Annual administration report of the Civil Veterinary Department, Ajmere-Merwara, British Rajputana - 1914-1940
Year: 1914
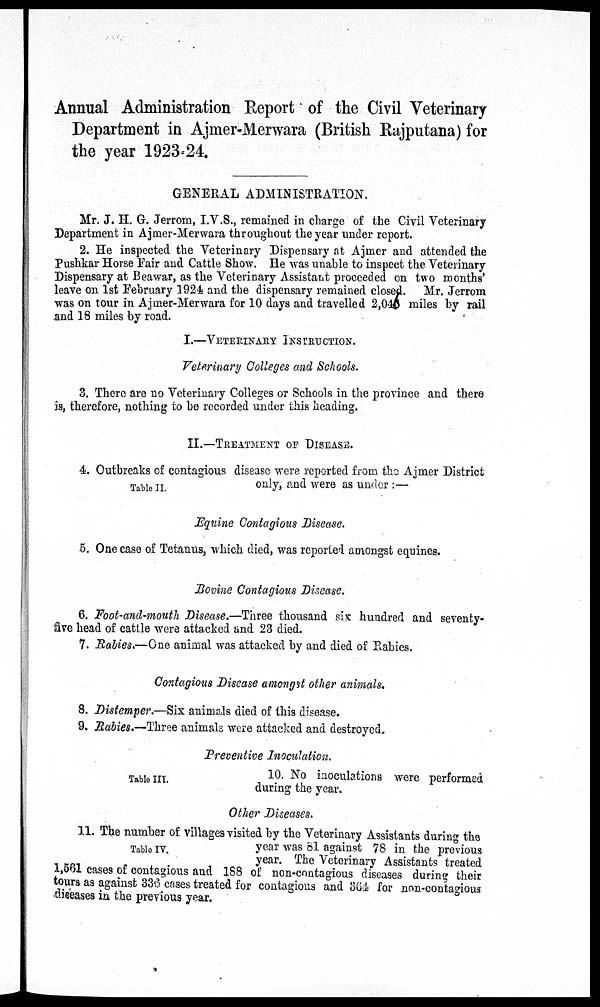
Annual Administration Report of the Civil Veterinary
Department in Ajmer-Merwara (British Rajputana) for
the year 1923-24.
GENERAL ADMINISTRATION.
Mr. J. H. G. Jerrom, I.V.S., remained in charge of the Civil Veterinary
Department in Ajmer-Merwara throughout the year under report.
2. He inspected the Veterinary Dispensary at Ajmer and attended the
Pushkar Horse Fair and Cattle Show. He was unable to inspect the Veterinary
Dispensary at Beawar, as the Veterinary Assistant proceeded on two months'
leave on 1st February 1924 and the dispensary remained closed. Mr. Jerrom
was on tour in Ajmer-Merwara for 10 days and travelled 2,040 miles by rail
and 18 miles by road.
I.—VETERINARY INSTRUCTION.
Veterinary Colleges and Schools.
3. There are no Veterinary Colleges or Schools in the province and there
is, therefore, nothing to be recorded under this heading.
II.—TREATMENT OF DISEASE.
Table II.
4. Outbreaks of contagious disease were reported from the Ajmer District
only, and were as under:—
Equine Contagious Disease.
5. One case of Tetanus, which died, was reported amongst equines.
Bovine Contagious Disease.
6. Foot-and-mouth Disease.—Three thousand six hundred and seventy-
five head of cattle were attacked and 23 died.
7. Rabies.—One animal was attacked by and died of Rabies.
Contagious Disease amongst other animals.
8. Distemper.—Six animals died of this disease.
9. Rabies.—Three animals were attacked and destroyed.
Preventive Inoculation.
Table III.
10. No inoculations were performed
during the year.
Other Diseases.
Table IV.
11. The number of villages visited by the Veterinary Assistants during the
year was 81 against 78 in the previous
year. The Veterinary Assistants treated
1,561 cases of contagious and 188 of non-contagious diseases during their
tours as against 336 cases treated for contagious and 364 for non-contagious
diseases in the previous year.